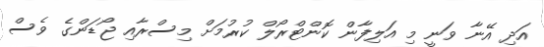
އަދި އޭނާ ވަނީ މި އަލިފާން ކޮންޓްރޯލް ކުރުމަށް މިސްރާއި ޖޯޑަންގެ ވެސް